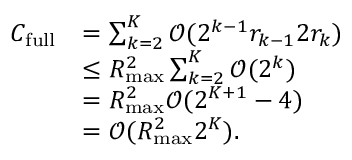
\begin{array} { r l } { C _ { \mathrm { f u l l } } } & { = \sum _ { k = 2 } ^ { K } \mathcal { O } ( 2 ^ { k - 1 } r _ { k - 1 } 2 r _ { k } ) } \\ & { \leq R _ { \operatorname* { m a x } } ^ { 2 } \sum _ { k = 2 } ^ { K } \mathcal { O } ( 2 ^ { k } ) } \\ & { = R _ { \operatorname* { m a x } } ^ { 2 } \mathcal { O } ( 2 ^ { K + 1 } - 4 ) } \\ & { = \mathcal { O } ( R _ { \operatorname* { m a x } } ^ { 2 } 2 ^ { K } ) . } \end{array}